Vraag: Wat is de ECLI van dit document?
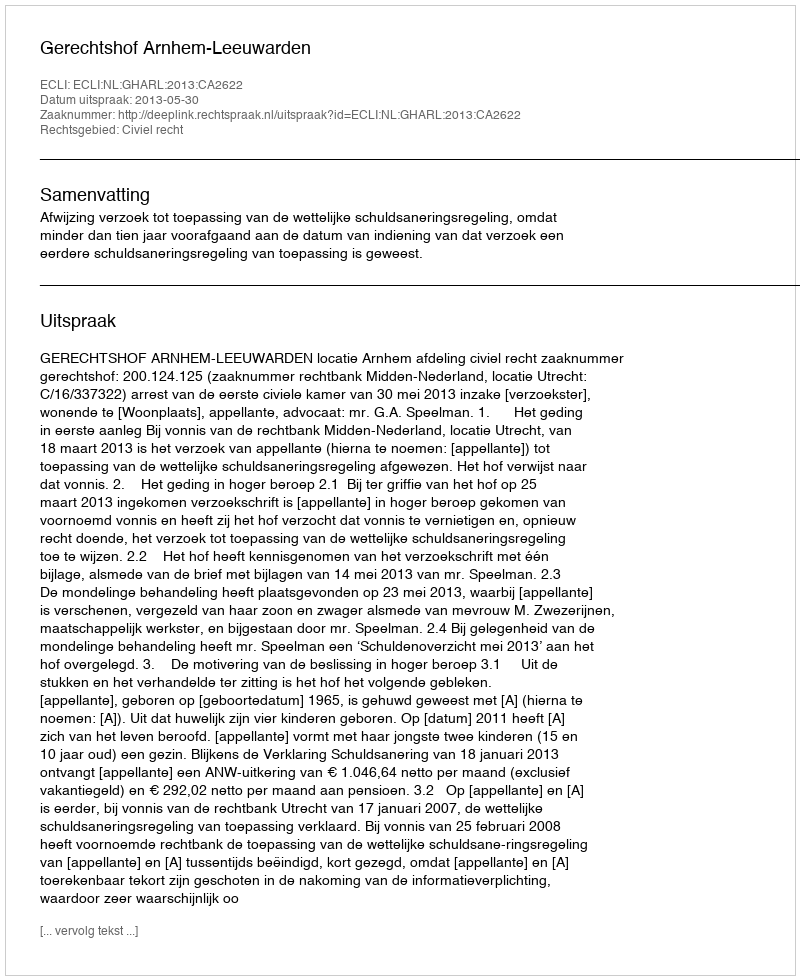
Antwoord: ECLI:NL:GHARL:2013:CA2622